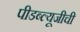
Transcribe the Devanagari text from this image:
पीडब्ल्यूजीची